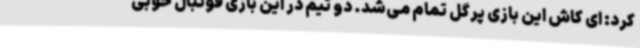
کرد: ای کاش این بازی پرگل تمام می‌شد. دو تیم در این بازی فوتبال خوبی